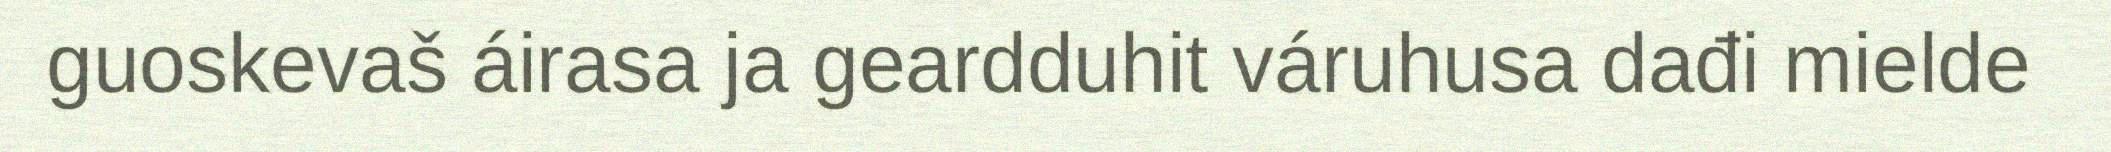
guoskevaš áirasa ja geardduhit váruhusa dađi mielde